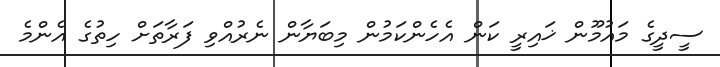
ސީދީގެ މައުމޫން ޚައިރީ ކަން އެހެންކަމުން މިބަޔާން ނެރުއްވި ފަރާތަށް ހިތުގެ އެންމެ